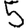
Digit: 5